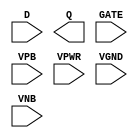
/**
 * Copyright 2020 The SkyWater PDK Authors
 *
 * Licensed under the Apache License, Version 2.0 (the "License");
 * you may not use this file except in compliance with the License.
 * You may obtain a copy of the License at
 *
 *     https://www.apache.org/licenses/LICENSE-2.0
 *
 * Unless required by applicable law or agreed to in writing, software
 * distributed under the License is distributed on an "AS IS" BASIS,
 * WITHOUT WARRANTIES OR CONDITIONS OF ANY KIND, either express or implied.
 * See the License for the specific language governing permissions and
 * limitations under the License.
 *
 * SPDX-License-Identifier: Apache-2.0
 */

`ifndef SKY130_FD_SC_LS__DLXTP_PP_SYMBOL_V
`define SKY130_FD_SC_LS__DLXTP_PP_SYMBOL_V

/**
 * dlxtp: Delay latch, non-inverted enable, single output.
 *
 * Verilog stub (with power pins) for graphical symbol definition
 * generation.
 *
 * WARNING: This file is autogenerated, do not modify directly!
 */

`timescale 1ns / 1ps
`default_nettype none

(* blackbox *)
module sky130_fd_sc_ls__dlxtp (
    //# {{data|Data Signals}}
    input  D   ,
    output Q   ,

    //# {{clocks|Clocking}}
    input  GATE,

    //# {{power|Power}}
    input  VPB ,
    input  VPWR,
    input  VGND,
    input  VNB
);
endmodule

`default_nettype wire
`endif  // SKY130_FD_SC_LS__DLXTP_PP_SYMBOL_V